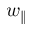
w _ { \parallel }